Vaccination North-Western Provinces 1866-1877 - 1866-1877
Year: 1866
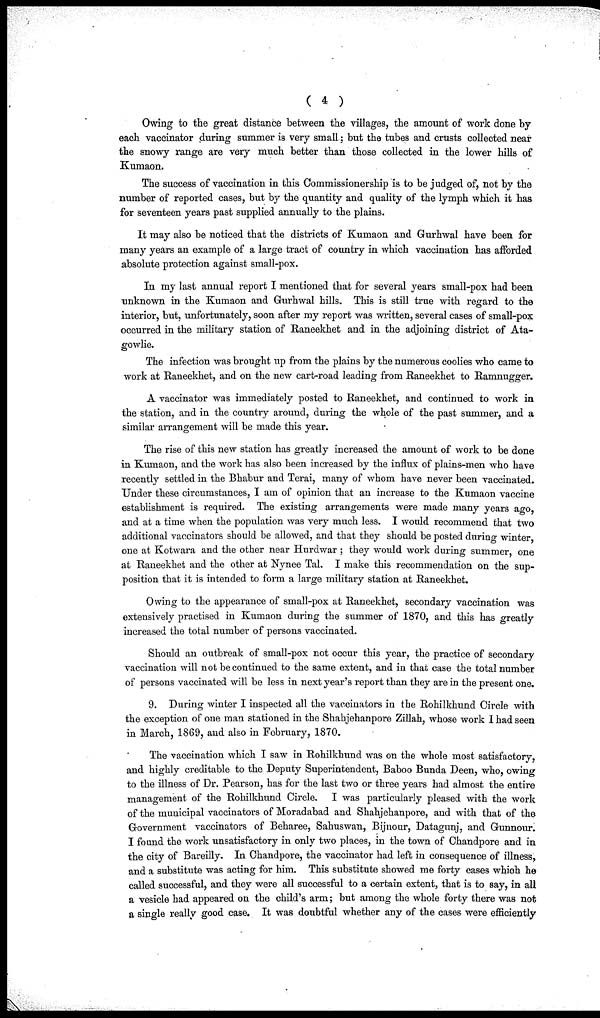
( 4 )
Owing to the great distance between the villages, the amount of work done by
each vaccinator during summer is very small; but the tubes and crusts collected near
the snowy range are very much better than those collected in the lower hills of
Kumaon.
The success of vaccination in this Commissionership is to be judged of, not by the
number of reported cases, but by the quantity and quality of the lymph which it has
for seventeen years past supplied annually to the plains.
It may also be noticed that the districts of Kumaon and Gurhwal have been for
many years an example of a large tract of country in which vaccination has afforded
absolute protection against small-pox.
In my last annual report I mentioned that for several years small-pox had been
unknown in the Kumaon and Gurhwal hills. This is still true with regard to the
interior, but, unfortunately, soon after my report was written, several cases of small-pox
occurred in the military station of Raneekhet and in the adjoining district of Ata¬
gowlie.
The infection was brought up from the plains by the numerous coolies who came to
work at Raneekhet, and on the new cart-road leading from Raneekhet to Ramnugger.
A vaccinator was immediately posted to Raneekhet, and continued to work in
the station, and in the country around, during the whole of the past summer, and a
similar arrangement will be made this year.
The rise of this new station has greatly increased the amount of work to be done
in Kumaon, and the work has also been increased by the influx of plains-men who have
recently settled in the Bhabur and Terai, many of whom have never been vaccinated.
Under these circumstances, I am of opinion that an increase to the Kumaon vaccine
establishment is required. The existing arrangements were made many years ago,
and at a time when the population was very much less. I would recommend that two
additional vaccinators should be allowed, and that they should be posted during winter,
one at Kotwara and the other near Hurdwar ; they would work during summer, one
at Raneekhet and the other at Nynee Tal. I make this recommendation on the sup-
position that it is intended to form a large military station at Raneekhet.
Owing to the appearance of small-pox at Raneekhet, secondary vaccination was
extensively practised in Kumaon during the summer of 1870, and this has greatly
increased the total number of persons vaccinated.
Should an outbreak of small-pox not occur this year, the practice of secondary
vaccination will not be continued to the same extent, and in that case the total number
of persons vaccinated will be less in next year's report than they are in the present one.
9. During winter I inspected all the vaccinators in the Rohilkhund Circle with
the exception of one man stationed in the Shahjehanpore Zillah, whose work I had seen
in March, 1869, and also in February, 1870.
The vaccination which I saw in Rohilkhund was on the whole most satisfactory,
and highly creditable to the Deputy Superintendent, Baboo Bunda Deen, who, owing
to the illness of Dr. Pearson, has for the last two or three years had almost the entire
management of the Rohilkhund Circle. I was particularly pleased with the work
of the municipal vaccinators of Moradabad and Shahjehanpore, and with that of the
Government vaccinators of Beharee, Sahuswan, Bijnour, Datagunj, and Gunnour.
I found the work unsatisfactory in only two places, in the town of Chandpore and in
the city of Bareilly. In Chandpore, the vaccinator had left in consequence of illness,
and a substitute was acting for him. This substitute showed me forty cases which he
called successful, and they were all successful to a certain extent, that is to say, in all
a vesicle had appeared on the child's arm; but among the whole forty there was not
a single really good case. It was doubtful whether any of the cases were efficiently